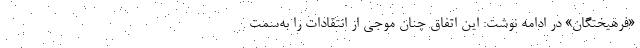
«فرهیختگان» در ادامه نوشت: این اتفاق چنان موجی از انتقادات را به‌سمت